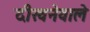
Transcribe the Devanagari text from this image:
दीखनेवाले